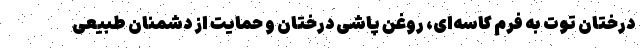
درختان توت به فرم کاسه‌ای، روغن پاشی درختان و حمایت از دشمنان طبیعی